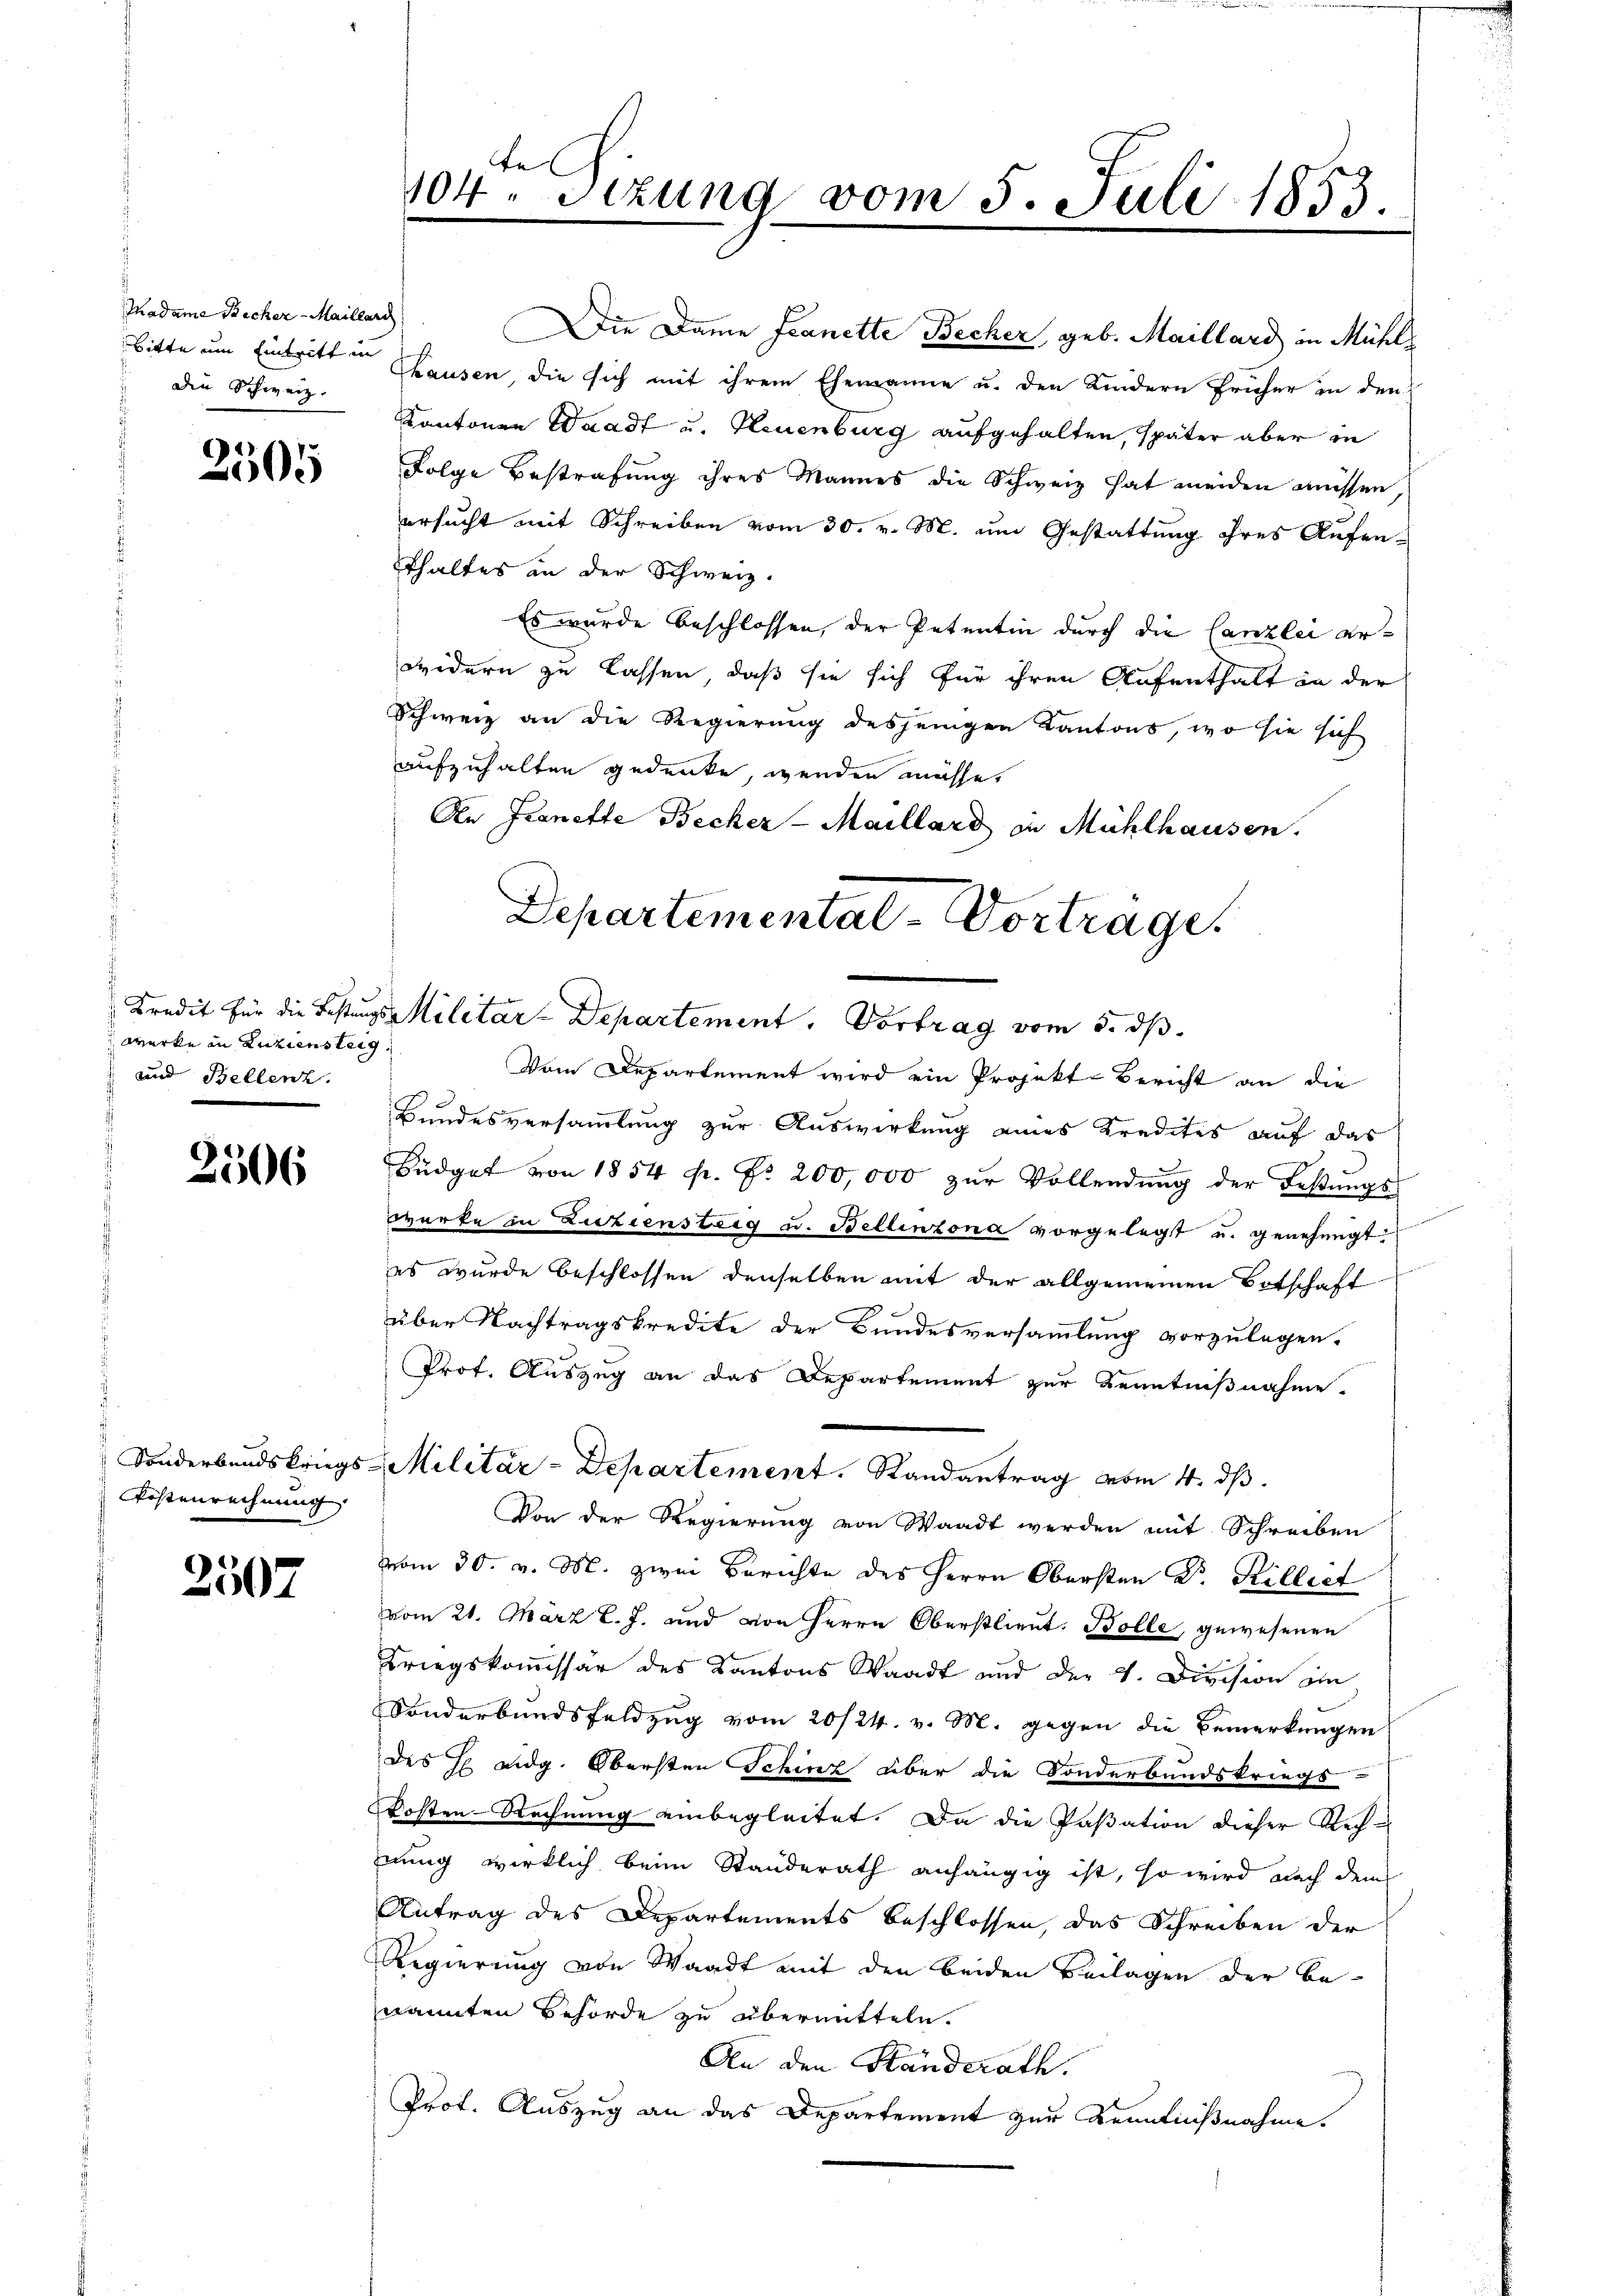
Madame Becher - Maillarch
Die Schweiz.

2505

Werke in Zuziensteig
 und Bellenz.

2506

Kostenrechnung

2507

te
104. Sezung vom 5. Juli 1853.
e

Die Dame Franette Becher, geb. Maillard in Mühl¬
Bitte um Eintritt in Chausen, die sich mit ihrem Ehemanne u. den Kindern früher in den
Kantonen Waadt u. Neuenburg aufgehalten, später aber in
Folge Bestrafung ihres Mannes die Schweiz hat meiden müssen,
ersucht mit Schreiben vom 30. v. M. um Gestattung ihres Aufenthaltes an der Schweiz.
Es wurde beschlossen, der Petentin durch die Canzlei arwidern zu lassen, daß sie sich für ihren Aufenthalt in der
Schweiz an die Regierung desjenigen Kantons, wo sie sich
aufzuhalten gedenke, wenden müsse.
An Franette Becker-Maillard in Mühlhausen.
Departemental-Vortrage.

Kredit für die Bestungs Militar-Departement. Vortrag vom 5. ds.
Vom Departement wird ein Projekt-Bericht an die

Sonderbandskrags-Militär-Departement. Randantrag vom 4. ds.

Bundesversammlung zur Auswirkung eines Kredites auf das
d
Büdget von 1854 f. Fr. 200,000 zŭr Vollendŭng der Festŭngs-
werke in Luziensteig u. Bellinzona vorgelegt u. genehmigt
es wurde beschlossen denselben mit der allgemeinen Botschaft
über Nachtragskredite der Bundesversammlung vorzulegen.
Prof. Auszug an das Departement zur Kenntnißnahme.
Von der Regierung von Waadt werden mit Schreiben
vom 30. v. M. zwei Berichte des Herrn Obersten Dr. Hillect
vom 21. März l. J. und von Herrn Oberstlieut. Bolle, gewesenen
Kriegskommissär des Kantons Waadt und der 4. Division ein
Sonderbandsfeldzug vom 20/24. v. M. gegen die Bemerkungen
des H eidg. Obersten Schinz über die Sonderbundskriegs-
kosten-Rechnung einbegleitet. Da die Paßation dieser Rech-
nung wirklich beim Standerath anhängig ist, so wird nach dem
Antrag des Departements beschlossen, das Schreiben der
Regierung von Waadt mit den beiden Beilagen der be-
nannten Behörde zu übermitteln.
An den Standerath.
Prot. Auszug an das Departement zur Kenntnißnahme.